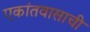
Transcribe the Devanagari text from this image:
एकांतवासाची